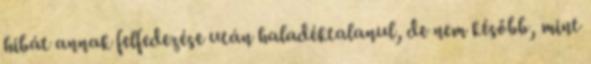
hibát annak felfedezése után haladéktalanul, de nem később, mint